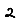
Digit: 2